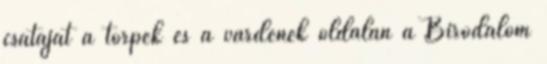
csatáját a törpék és a vardenek oldalán a Birodalom